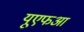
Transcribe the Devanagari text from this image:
यूएफआ